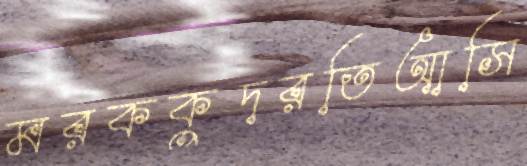
মরককুদরতিআসি